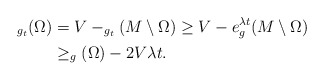
\begin{align*}_{g_t}(\Omega)&=V-_{g_t}(M\setminus \Omega)\ge V- e^{\lambda t} _g(M\setminus\Omega)\\&\ge _g(\Omega)-2V\lambda t.\end{align*}